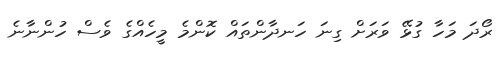
ރޯދަ މަހާ ގުޅޭ ވަރަށް ގިނަ ހަނދާންތައް ކޮންމެ މީހެއްގެ ވެސް ހުންނާނެ